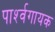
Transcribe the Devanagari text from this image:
पार्श्‍वगायक